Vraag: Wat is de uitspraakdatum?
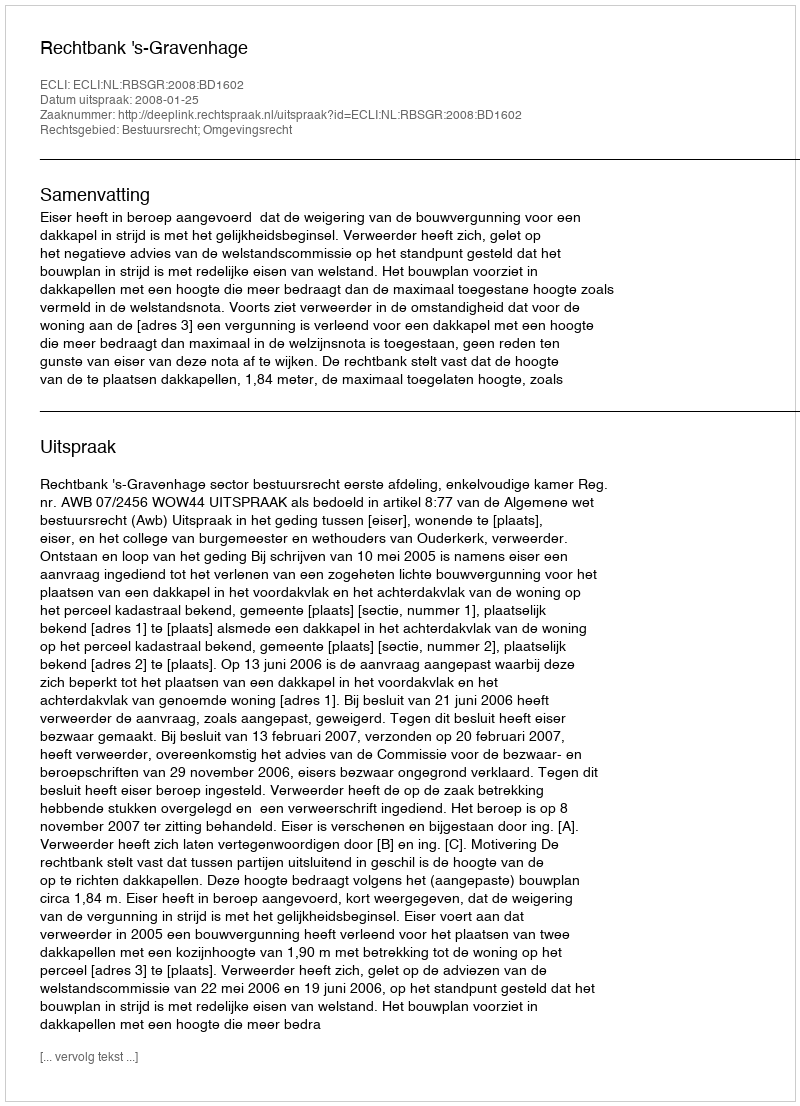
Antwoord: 2008-01-25